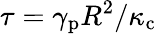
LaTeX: \tau=\gamma_{\mathrm{p}}R^{2}/\kappa_{\mathrm{c}}